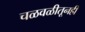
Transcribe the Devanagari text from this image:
चळवळीतूनही